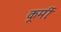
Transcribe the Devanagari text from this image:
कूर्मीः